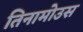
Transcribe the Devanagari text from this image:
तिनामोउस